Report on sanitation, dispensaries, and jails in Rajputana for 1916, and on vaccination for the year 1916-1917 - 1916-1917
Year: 1916
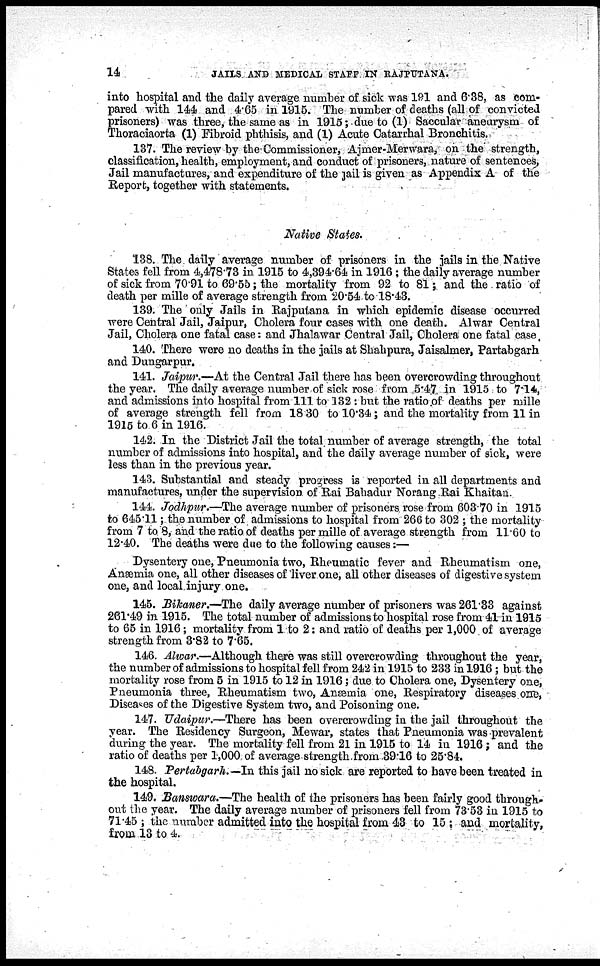
14
JAILS AND MEDICAL STAFF IN RAJPUTANA.
into hospital and the daily average number of sick was 191 and 6.38, as com-
pared with 144 and 4.65 in 1915. The number of deaths (all of convicted
prisoners) was three, the same as in 1915; due to (1) Saccular aneurysm of
Thoraciaorta (1) Fibroid phthisis, and (1) Acute Catarrhal Bronchitis.
137. The review by the Commissioner, Ajmer-Merwara, on the strength,
classification, health, employment, and conduct of prisoners, nature of sentences,
Jail manufactures, and expenditure of the jail is given as Appendix A of the
Report, together with statements.
Native States.
138. The daily average number of prisoners in the jails in the Native
States fell from 4,478.73 in 1915 to 4,394.64 in 1916; the daily average number
of sick from 70.91 to 69.55; the mortality from 92 to 81; and the ratio of
death per mille of average strength from 20.54 to 18.43.
139. The only Jails in Rajputana in which epidemic disease occurred
were Central Jail, Jaipur, Cholera four cases with one death. Alwar Central
Jail, Cholera one fatal case: and Jhalawar Central Jail, Cholera one fatal case.
140. There were no deaths in the jails at Shahpura, Jaisalmer, Partabgarh
and Dungarpur.
141. Jaipur.—At the Central Jail there has been overcrowding throughout
the year. The daily average number of sick rose from 5.47 in 1915 to 7.14,
and admissions into hospital from 111 to 132 : but the ratio of deaths per mille
of average strength fell from 18 30 to 10.34; and the mortality from 11 in
1915 to 6 in 1916.
142. In the District Jail the total number of average strength, the total
number of admissions into hospital, and the daily average number of sick, were
less than in the previous year.
143. Substantial and steady progress is reported in all departments and
manufactures, under the supervision of Rai Bahadur Norang Rai Khaitan.
144. Jodhpur.—The average number of prisoners rose from 603.70 in 1915
to 645.11; the number of admissions to hospital from 266 to 302 ; the mortality
from 7 to 8, and the ratio of deaths per mille of average strength from 11.60 to
12.40. The deaths were due to the following causes:—
Dysentery one, Pneumonia two, Rheumatic fever and Rheumatism one,
Anæmia one, all other diseases of liver one, all other diseases of digestive system
one, and local injury one.
145. Bikaner.—The daily average number of prisoners was 261.33 against
261.49 in 1915. The total number of admissions to hospital rose from 41 in 1915
to 65 in 1916; mortality from 1 to 2: and ratio of deaths per 1,000 of average
strength from 3.82 to 7.65.
146. Alwar.—Although there was still overcrowding throughout the year,
the number of admissions to hospital fell from 242 in 1915 to 233 in 1916 ; but the
mortality rose from 5 in 1915 to 12 in 1916; due to Cholera one, Dysentery one,
Pneumonia three, Rheumatism two, Anæmia one, Respiratory diseases one,
Diseases of the Digestive System two, and Poisoning one.
147. Udaipur.—There has been overcrowding in the jail throughout the
year. The Residency Surgeon, Mewar, states that Pneumonia was prevalent
during the year. The mortality fell from 21 in 1915 to 14 in 1916 ; and the
ratio of deaths per 1,000 of average strength from 39.16 to 25.84.
148. Pertabgarh.—In this jail no sick are reported to have been treated in
the hospital.
149. Banswara.—The health of the prisoners has been fairly good through-
out the year. The daily average number of prisoners fell from 73.53 in 1915 to
71.45 ; the number admitted into the hospital from 43 to 15 ; and mortality,
from 13 to 4.